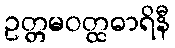
ဥတ္တမဝတ္ထဓာရိနီ